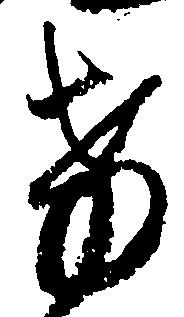
け